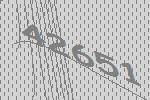
42651